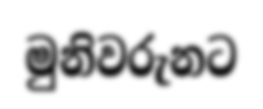
මුනිවරුනට